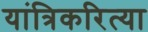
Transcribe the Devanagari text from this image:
यांत्रिकरित्या